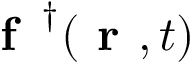
\textbf { f } ^ { \, \dag } ( \textbf { r } , t )